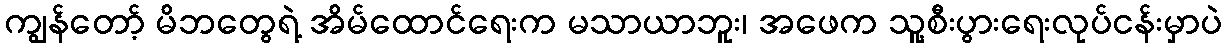
ကျွန်တော့် မိဘတွေရဲ့ အိမ်ထောင်ရေးက မသာယာဘူး၊ အဖေက သူ့စီးပွားရေးလုပ်ငန်းမှာပဲ